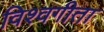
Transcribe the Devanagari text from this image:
विश्वगीता